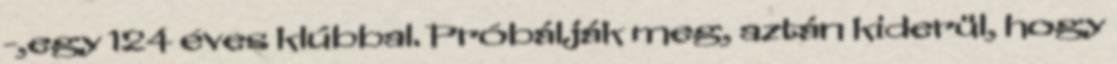
-,egy 124 éves klúbbal. Próbálják meg, aztán kiderül, hogy